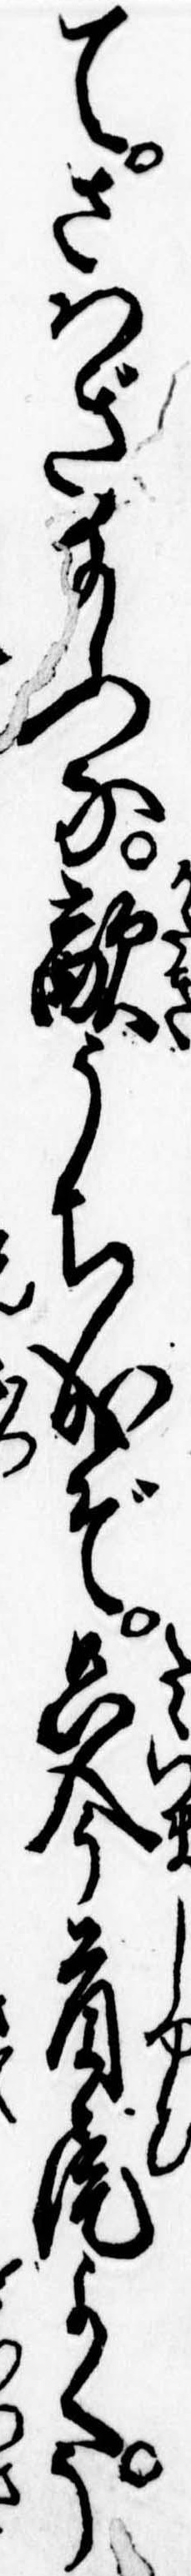
てさはぎ給ふな敵うち成ぞ只今首尾よくう